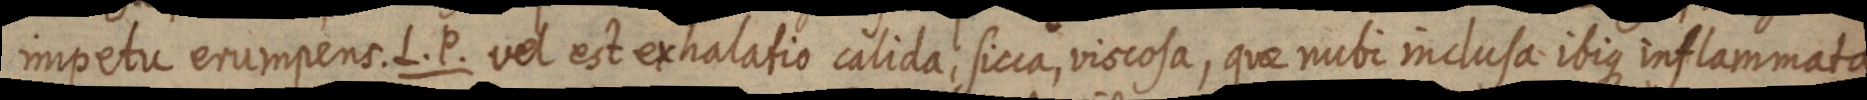
impetu erumpens. L. P. vel est exhalatio calida, sicca, viscosa, que nubi inclusa ibique inflammata